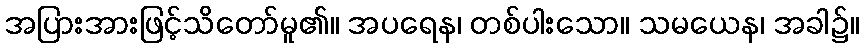
အပြားအားဖြင့်သိတော်မူ၏။ အပရေန၊ တစ်ပါးသော။ သမယေန၊ အခါ၌။